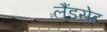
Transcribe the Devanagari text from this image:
लैंडसेट